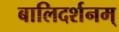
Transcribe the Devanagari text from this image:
बालिदर्शनम्